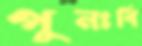
পুনঃবি